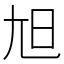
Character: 𡯙